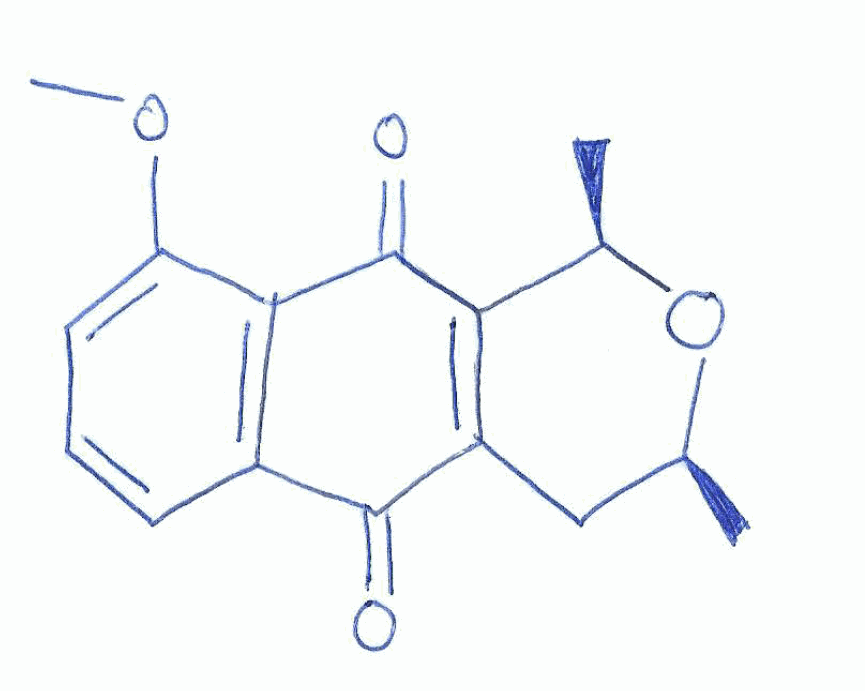
Simplified molecular-input line-entry system (SMILES) notation of the given molecule:
C[C@H]1CC2=C([C@H](O1)C)C(=O)C3=C(C2=O)C=CC=C3OC